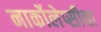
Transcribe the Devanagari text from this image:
नार्कोलेप्सीचा